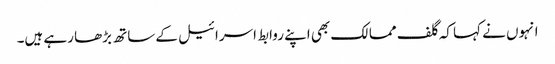
انہوں نے کہا کہ گلف ممالک بھی اپنے روابط اسرائیل کے ساتھ بڑھا رہے ہیں۔